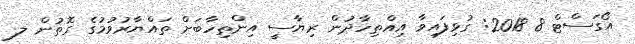
އޯގަސްޓް 8 2018: ގުޅިފައިވާ އިއްތިހާދުން ރިޔާސީ އިންތިހާބަށް ތައްޔާރުވުމުގެ ގޮތުން ލ